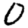
Digit: 0